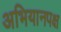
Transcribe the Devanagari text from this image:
अभियानपक्ष